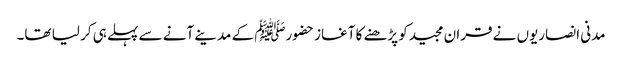
مدنی انصاریوں نے قران مجیدکو پڑھنے کا آغاز حضورﷺ کے مدینے آنے سے پہلے ہی کر لیا تھا۔